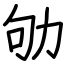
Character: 劬